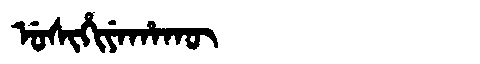
Manchu: ᡠᠰᡳᡥᡳᠶᡝᡥᠠᡴᡡ
Romanization: USIHIYEHAKŪ